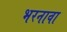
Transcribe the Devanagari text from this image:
भरनावा